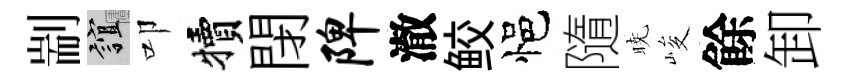
剬誼叩犢閉陴澈鲛悒隨暁峻餘卸